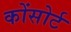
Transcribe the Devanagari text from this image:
कोंसोर्ट